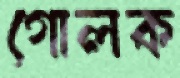
গোলক